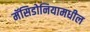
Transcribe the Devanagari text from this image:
मॅसिडोनियामधील